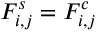
F _ { i , j } ^ { s } = F _ { i , j } ^ { c }